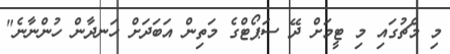
މި މެޗުގައި މި ޓީމަށް ދޭ ސަޕޯޓްގެ މަތިން އަަބަދަށް ހަނދާން ހުންނާނެ"